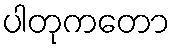
ပါတုကတော